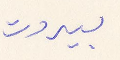
بيروت